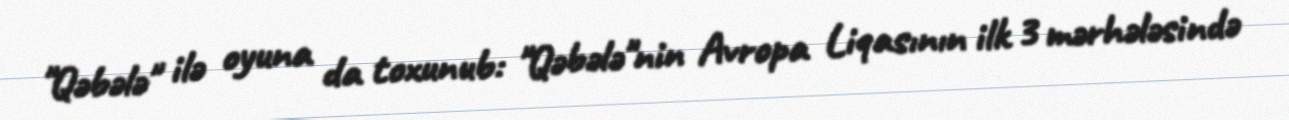
"Qəbələ" ilə oyuna da toxunub: "Qəbələ"nin Avropa Liqasının ilk 3 mərhələsində